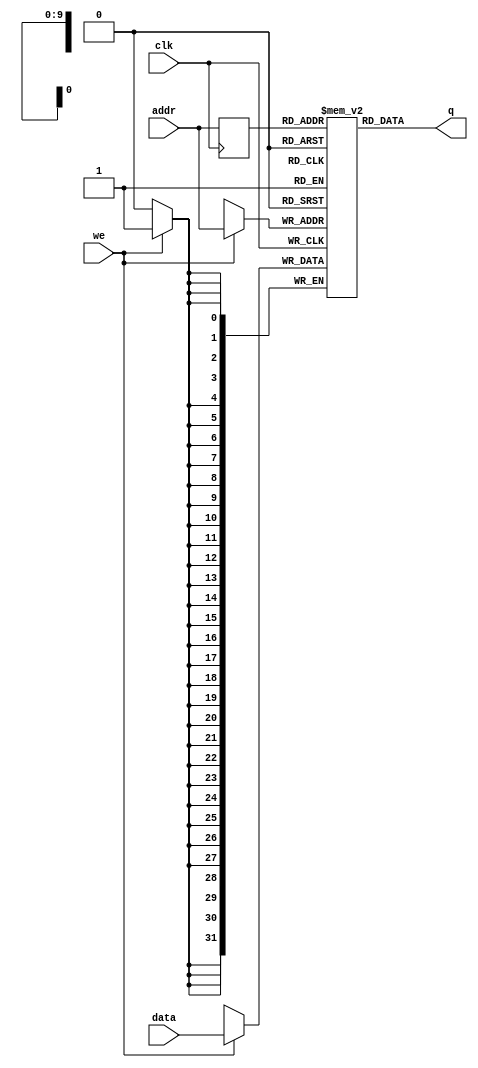
module HDSimulado
#(parameter DATA_WIDTH=32, parameter ADDR_WIDTH=10)
(
	input [(DATA_WIDTH-1):0] data,
	input [(ADDR_WIDTH-1):0] addr,
	input we, clk,
	output [(DATA_WIDTH-1):0] q
);

	// Declare the RAM variable
	reg [DATA_WIDTH-1:0] ram[2**ADDR_WIDTH-1:0];

	// Variable to hold the registered read address
	reg [ADDR_WIDTH-1:0] addr_reg;

	initial 
	begin : INIT
		integer i;
ram[ 0] = 32'B01010100000000000000000000000000; // begin file	  
ram[ 1] = 32'B00001000000000010000000000011110; // addi	$ra $zero 30
ram[ 2] = 32'B00001000000111110000000000110111; // addi	$sp $zero 55
ram[ 3] = 32'B00010100000000000000000100000101; // jump	main
ram[ 4] = 32'B00110000000000000000000000000000; // nop	Contexto
ram[ 5] = 32'B00001000000111010000000111110100; // addi $z1, $zero, 500;
ram[ 6] = 32'B00011111101000010000000000000000; // store $1,0($z1);
ram[ 7] = 32'B00011111101000100000000000000001; // store $2,1($z1);
ram[ 8] = 32'B00011111101000110000000000000010; // store $3,2($z1);
ram[ 9] = 32'B00011111101001000000000000000011; // store $4,3($z1);
ram[10] = 32'B00011111101001010000000000000100; // store $5,4($z1);
ram[11] = 32'B00011111101001100000000000000101; // store $6,5($z1);
ram[12] = 32'B00011111101001110000000000000110; // store $7,6($z1);
ram[13] = 32'B00011111101010000000000000000111; // store $8,7($z1);
ram[14] = 32'B00011111101010010000000000001000; // store $9,8($z1);
ram[15] = 32'B00011111101010100000000000001001; // store $10,9($z1);
ram[16] = 32'B00011111101010110000000000001010; // store $11,10($z1);
ram[17] = 32'B00011111101011000000000000001011; // store $12,11($z1);
ram[18] = 32'B00011111101011010000000000001100; // store $13,12($z1);
ram[19] = 32'B00011111101011100000000000001101; // store $14,13($z1);
ram[20] = 32'B00011111101011110000000000001110; // store $15,14($z1);
ram[21] = 32'B00011111101100000000000000001111; // store $16,15($z1);
ram[22] = 32'B00011111101100010000000000010000; // store $17,16($z1);
ram[23] = 32'B00011111101100100000000000010001; // store $18,17($z1);
ram[24] = 32'B00011111101100110000000000010010; // store $19,18($z1);
ram[25] = 32'B00011111101101000000000000010011; // store $20,19($z1);
ram[26] = 32'B00011111101101010000000000010100; // store $21,20($z1);
ram[27] = 32'B00011111101101100000000000010101; // store $22,21($z1);
ram[28] = 32'B00011111101101110000000000010110; // store $23,22($z1);
ram[29] = 32'B00011111101110000000000000010111; // store $24,23($z1);
ram[30] = 32'B00011111101110010000000000011000; // store $25,24($z1);
ram[31] = 32'B00011111101110100000000000011001; // store $26,25($z1);
ram[32] = 32'B00011111101110110000000000011010; // store $27,26($z1);
ram[33] = 32'B00011111101111000000000000011011; // store $28,27($z1);
ram[34] = 32'B00011111101111100000000000011100; // store $30,28($z1);
ram[35] = 32'B00011111101111110000000000011110; // store $31,29($z1);
ram[36] = 32'B00001000000111010000000000011111; // ADDI $z1,$zero,31
ram[37] = 32'B00011000000111000000000000000010; // LOAD $z0,2($zero);
ram[38] = 32'B00000011101111001110100000000010; // MULT $z1,$z1,$z0;
ram[39] = 32'B00001011101111010000000111110100; // ADDI $z1,$z1,500
ram[40] = 32'B00011011101000010000000000000000; // load $1,0($z1);
ram[41] = 32'B00011011101000100000000000000001; // load $2,1($z1);
ram[42] = 32'B00011011101000110000000000000010; // load $3,2($z1);
ram[43] = 32'B00011011101001000000000000000011; // load $4,3($z1);
ram[44] = 32'B00011011101001010000000000000100; // load $5,4($z1);
ram[45] = 32'B00011011101001100000000000000101; // load $6,5($z1);
ram[46] = 32'B00011011101001110000000000000110; // load $7,6($z1);
ram[47] = 32'B00011011101010000000000000000111; // load $8,7($z1);
ram[48] = 32'B00011011101010010000000000001000; // load $9,8($z1);
ram[49] = 32'B00011011101010100000000000001001; // load $10,9($z1);
ram[50] = 32'B00011011101010110000000000001010; // load $11,10($z1);
ram[51] = 32'B00011011101011000000000000001011; // load $12,11($z1);
ram[52] = 32'B00011011101011010000000000001100; // load $13,12($z1);
ram[53] = 32'B00011011101011100000000000001101; // load $14,13($z1);
ram[54] = 32'B00011011101011110000000000001110; // load $15,14($z1);
ram[55] = 32'B00011011101100000000000000001111; // load $16,15($z1);
ram[56] = 32'B00011011101100010000000000010000; // load $17,16($z1);
ram[57] = 32'B00011011101100100000000000010001; // load $18,17($z1);
ram[58] = 32'B00011011101100110000000000010010; // load $19,18($z1);
ram[59] = 32'B00011011101101000000000000010011; // load $20,19($z1);
ram[60] = 32'B00011011101101010000000000010100; // load $21,20($z1);
ram[61] = 32'B00011011101101100000000000010101; // load $22,21($z1);
ram[62] = 32'B00011011101101110000000000010110; // load $23,22($z1);
ram[63] = 32'B00011011101110000000000000010111; // load $24,23($z1);
ram[64] = 32'B00011011101110010000000000011000; // load $25,24($z1);
ram[65] = 32'B00011011101110100000000000011001; // load $26,25($z1);
ram[66] = 32'B00011011101110110000000000011010; // load $27,26($z1);
ram[67] = 32'B00011011101111000000000000011011; // load $28,27($z1);
ram[68] = 32'B00011011101111100000000000011100; // load $30,28($z1);
ram[69] = 32'B00011011101111110000000000011101; // load $31,29($z1);
ram[70] = 32'B00110000000000000000000000000000; // NOP
ram[71] = 32'B01110000000111000000000000000010; // SetPID $8 2($zero); -- Set_PID  um load na posicao alocada para ProcessoCorrente
ram[72] = 32'B00110000000000000000000000000000;	// NOP 
ram[73] = 32'B00001000000111010000000000011111; // ADDI $z1,$zero,31
ram[74] = 32'B00011000000111000000000000000010; // LOAD $z0,2($zero);
ram[75] = 32'B00000011101111001110100000000010; // MULT $z1,$z1,$z0;
ram[76] = 32'B00001011101111010000000111110100; // ADDI $z1,$z1,500;
ram[77] = 32'B00011111101000010000000000000000; // store $1,0($z1);
ram[78] = 32'B00011111101000100000000000000001; // store $2,1($z1);
ram[79] = 32'B00011111101000110000000000000010; // store $3,2($z1);
ram[80] = 32'B00011111101001000000000000000011; // store $4,3($z1);
ram[81] = 32'B00011111101001010000000000000100; // store $5,4($z1);
ram[82] = 32'B00011111101001100000000000000101; // store $6,5($z1);
ram[83] = 32'B00011111101001110000000000000110; // store $7,6($z1);
ram[84] = 32'B00011111101010000000000000000111; // store $8,7($z1);
ram[85] = 32'B00011111101010010000000000001000; // store $9,8($z1);
ram[86] = 32'B00011111101010100000000000001001; // store $10,9($z1);
ram[87] = 32'B00011111101010110000000000001010; // store $11,10($z1);
ram[88] = 32'B00011111101011000000000000001011; // store $12,11($z1);
ram[89] = 32'B00011111101011010000000000001100; // store $13,12($z1);
ram[90] = 32'B00011111101011100000000000001101; // store $14,13($z1);
ram[91] = 32'B00011111101011110000000000001110; // store $15,14($z1);
ram[92] = 32'B00011111101100000000000000001111; // store $16,15($z1);
ram[93] = 32'B00011111101100010000000000010000; // store $17,16($z1);
ram[94] = 32'B00011111101100100000000000010001; // store $18,17($z1);
ram[95] = 32'B00011111101100110000000000010010; // store $19,18($z1);
ram[96] = 32'B00011111101101000000000000010011; // store $20,19($z1);
ram[97] = 32'B00011111101101010000000000010100; // store $21,20($z1);
ram[98] = 32'B00011111101101100000000000010101; // store $22,21($z1);
ram[99] = 32'B00011111101101110000000000010110; // store $23,22($z1);
ram[100] = 32'B00011111101110000000000000010111; // store $24,23($z1);
ram[101] = 32'B00011111101110010000000000011000; // store $25,24($z1);
ram[102] = 32'B00011111101110100000000000011001; // store $26,25($z1);
ram[103] = 32'B00011111101110110000000000011010; // store $27,26($z1);
ram[104] = 32'B00011111101111000000000000011011; // store $28,27($z1);
ram[105] = 32'B00011111101111100000000000011100; // store $30,28($z1);
ram[106] = 32'B00011111101111110000000000011101; // store $31,29($z1);
ram[107] = 32'B00001000000111010000000111110100; // addi $z1, $zero, 500;
ram[108] = 32'B00011011101000010000000000000000; // load $1,0($z1);
ram[109] = 32'B00011011101000100000000000000001; // load $2,1($z1);
ram[110] = 32'B00011011101000110000000000000010; // load $3,2($z1);
ram[111] = 32'B00011011101001000000000000000011; // load $4,3($z1);
ram[112] = 32'B00011011101001010000000000000100; // load $5,4($z1);
ram[113] = 32'B00011011101001100000000000000101; // load $6,5($z1);
ram[114] = 32'B00011011101001110000000000000110; // load $7,6($z1);
ram[115] = 32'B00011011101010000000000000000111; // load $8,7($z1);
ram[116] = 32'B00011011101010010000000000001000; // load $9,8($z1);
ram[117] = 32'B00011011101010100000000000001001; // load $10,9($z1);
ram[118] = 32'B00011011101010110000000000001010; // load $11,10($z1);
ram[119] = 32'B00011011101011000000000000001011; // load $12,11($z1);
ram[120] = 32'B00011011101011010000000000001100; // load $13,12($z1);
ram[121] = 32'B00011011101011100000000000001101; // load $14,13($z1);
ram[122] = 32'B00011011101011110000000000001110; // load $15,14($z1);
ram[123] = 32'B00011011101100000000000000001111; // load $16,15($z1);
ram[124] = 32'B00011011101100010000000000010000; // load $17,16($z1);
ram[125] = 32'B00011011101100100000000000010001; // load $18,17($z1);
ram[126] = 32'B00011011101100110000000000010010; // load $19,18($z1);
ram[127] = 32'B00011011101101000000000000010011; // load $20,19($z1);
ram[128] = 32'B00011011101101010000000000010100; // load $21,20($z1);
ram[129] = 32'B00011011101101100000000000010101; // load $22,21($z1);
ram[130] = 32'B00011011101101110000000000010110; // load $23,22($z1);
ram[131] = 32'B00011011101110000000000000010111; // load $24,23($z1);
ram[132] = 32'B00011011101110010000000000011000; // load $25,24($z1);
ram[133] = 32'B00011011101110100000000000011001; // load $26,25($z1);
ram[134] = 32'B00011011101110110000000000011010; // load $27,26($z1);
ram[135] = 32'B00011011101111000000000000011011; // load $28,27($z1);
ram[136] = 32'B00011011101111100000000000011100; // load $30,28($z1);
ram[137] = 32'B00011011101111110000000000011110; // load $31,29($z1);
ram[138] = 32'B01010000001000010000000000000001; // subi	$ra $ra 1
ram[139] = 32'B00011000001101000000000000000000; // lw	$s0 0($ra)
ram[140] = 32'B01001110100000000000000000000000; // jr	$s0  
ram[141] = 32'B00110000000000000000000000000000; // nop	InserirProcesso
ram[142] = 32'B00011100000000100000000000001111; // sw	$a0 15($zero)
ram[143] = 32'B00001000000010000000000000000001; // addi	$t0 $zero 1
ram[144] = 32'B00011000000101000000000000001111; // lw	$s0 15($zero)
ram[145] = 32'B00000001000101000100100000000000; // add	$t1 $s0 $t0
ram[146] = 32'B00011000000101010000000000000000; // lw	$s1 0($zero)
ram[147] = 32'B00001010101010100000000000000100; // addi	$t2 $s1 4
ram[148] = 32'B00011101010010010000000000000000; // sw	$t1 0($t2)
ram[149] = 32'B00001000000010000000000000000001; // addi	$t0 $zero 1
ram[150] = 32'B00011000000101000000000000000000; // lw	$s0 0($zero)
ram[151] = 32'B00000001000101000100100000000000; // add	$t1 $s0 $t0
ram[152] = 32'B00011100000010010000000000000000; // sw	$t1 0($zero)
ram[153] = 32'B00011000000101010000000000000000; // lw	$s1 0($zero)
ram[154] = 32'B00001110101000100000000000000000; // move	$a0 $s1 
ram[155] = 32'B00100100010000000000000000000000; // out	$a0  
ram[156] = 32'B01010000001000010000000000000001; // subi	$ra $ra 1
ram[157] = 32'B00011000001101000000000000000000; // lw	$s0 0($ra)
ram[158] = 32'B01001110100000000000000000000000; // jr	$s0  
ram[159] = 32'B00110000000000000000000000000000; // nop	mod
ram[160] = 32'B00011100000000100000000000010001; // sw	$a0 17($zero)
ram[161] = 32'B00011100000000110000000000010010; // sw	$a1 18($zero)
ram[162] = 32'B00011000000101000000000000010001; // lw	$s0 17($zero)
ram[163] = 32'B00011000000101010000000000010010; // lw	$s1 18($zero)
ram[164] = 32'B00000010100101010100000000000011; // div	$t0 $s0 $s1
ram[165] = 32'B00011000000101010000000000010010; // lw	$s1 18($zero)
ram[166] = 32'B00000001000101010100100000000010; // mult	$t1 $t0 $s1
ram[167] = 32'B00011000000101000000000000010001; // lw	$s0 17($zero)
ram[168] = 32'B00000010100010010101000000000001; // sub	$t2 $s0 $t1
ram[169] = 32'B00001101010111100000000000000000; // move	$v0 $t2 
ram[170] = 32'B01010000001000010000000000000001; // subi	$ra $ra 1
ram[171] = 32'B00011000001101000000000000000000; // lw	$s0 0($ra)
ram[172] = 32'B01001110100000000000000000000000; // jr	$s0  
ram[173] = 32'B00110000000000000000000000000000; // nop	RoundRobinRun
ram[174] = 32'B00001000000010110000000000000000; // addi	$t3 $zero 0
ram[175] = 32'B00011100000010110000000000010100; // sw	$t3 20($zero)
ram[176] = 32'B00001000000010000000000000000001; // addi	$t0 $zero 1
ram[177] = 32'B00011100000010000000000000000011; // sw	$t0 3($zero)
ram[178] = 32'B00011000000101010000000000000000; // lw	$s1 0($zero)
ram[179] = 32'B00011100000101010000000000010011; // sw	$s1 19($zero)
ram[180] = 32'B00110000000000000000000000000000; // nop	L0
ram[181] = 32'B00001000000010000000000000000000; // addi	$t0 $zero 0
ram[182] = 32'B00011000000101010000000000010011; // lw	$s1 19($zero)
ram[183] = 32'B00010001000101010100100000000000; // slt	$t1 $t0 $s1
ram[184] = 32'B00101001001000000000000011100101; // beq	$t1 0 L1
ram[185] = 32'B00001000000010100000000000000001; // addi	$t2 $zero 1
ram[186] = 32'B00011000000101000000000000010100; // lw	$s0 20($zero)
ram[187] = 32'B00000001010101000101100000000000; // add	$t3 $s0 $t2
ram[188] = 32'B00001101011000100000000000000000; // move	$a0 $t3 
ram[189] = 32'B00011000000101010000000000000000; // lw	$s1 0($zero)
ram[190] = 32'B00001110101000110000000000000000; // move	$a1 $s1 
ram[191] = 32'B00001000000101000000000011000011; // addi	$s0 $zero 195
ram[192] = 32'B00011100001101000000000000000000; // sw	$s0 0($ra)
ram[193] = 32'B00001000001000010000000000000001; // addi	$ra $ra 1
ram[194] = 32'B00010100000000000000000010011111; // jump	mod
ram[195] = 32'B00011100000111100000000000010100; // sw	$v0 20($zero)
ram[196] = 32'B00001000000010000000000000000000; // addi	$t0 $zero 0
ram[197] = 32'B00011000000101010000000000010100; // lw	$s1 20($zero)
ram[198] = 32'B00011010101010010000000000000100; // lw	$t1 4($s1)
ram[199] = 32'B00010001000010010101000000000000; // slt	$t2 $t0 $t1
ram[200] = 32'B00101001010000000000000011100010; // beq	$t2 0 L2
ram[201] = 32'B00011000000101010000000000010100; // lw	$s1 20($zero)
ram[202] = 32'B00011010101010110000000000000100; // lw	$t3 4($s1)
ram[203] = 32'B00011100000010110000000000000010; // sw	$t3 2($zero)
ram[204] = 32'B00001000000101000000000011010000; // addi	$s0 $zero 208
ram[205] = 32'B00011100001101000000000000000000; // sw	$s0 0($ra)
ram[206] = 32'B00001000001000010000000000000001; // addi	$ra $ra 1
ram[207] = 32'B00010100000000000000000000000100; // jump	Contexto
ram[208] = 32'B00001000000010000000000000000000; // addi	$t0 $zero 0
ram[209] = 32'B00011000000101000000000000000011; // lw	$s0 3($zero)
ram[210] = 32'B01000010100010000100100000000000; // equal	$t1 $s0 $t0
ram[211] = 32'B00101001001000000000000011011111; // beq	$t1 0 L4
ram[212] = 32'B00001000000010100000000000000001; // addi	$t2 $zero 1
ram[213] = 32'B00011100000010100000000000000011; // sw	$t2 3($zero)
ram[214] = 32'B00001000000010000000000000000000; // addi	$t0 $zero 0
ram[215] = 32'B00011000000101010000000000010100; // lw	$s1 20($zero)
ram[216] = 32'B00001010101010010000000000000100; // addi	$t1 $s1 4
ram[217] = 32'B00011101001010000000000000000000; // sw	$t0 0($t1)
ram[218] = 32'B00001000000010000000000000000001; // addi	$t0 $zero 1
ram[219] = 32'B00011000000101000000000000010011; // lw	$s0 19($zero)
ram[220] = 32'B00000010100010000100100000000001; // sub	$t1 $s0 $t0
ram[221] = 32'B00011100000010010000000000010011; // sw	$t1 19($zero)
ram[222] = 32'B00010100000000000000000011100000; // jump	L5
ram[223] = 32'B00110000000000000000000000000000; // nop	L4
ram[224] = 32'B00110000000000000000000000000000; // nop	L5
ram[225] = 32'B00010100000000000000000011100011; // jump	L3
ram[226] = 32'B00110000000000000000000000000000; // nop	L2
ram[227] = 32'B00110000000000000000000000000000; // nop	L3
ram[228] = 32'B00010100000000000000000010110100; // jump	L0
ram[229] = 32'B00110000000000000000000000000000; // nop	L1
ram[230] = 32'B01010000001000010000000000000001; // subi	$ra $ra 1
ram[231] = 32'B00011000001101000000000000000000; // lw	$s0 0($ra)
ram[232] = 32'B01001110100000000000000000000000; // jr	$s0  
ram[233] = 32'B00110000000000000000000000000000; // nop	SemPreempcao
ram[234] = 32'B00000000000000000000000000000000; // manual	  
ram[235] = 32'B00001000000010000000000000000000; // addi	$t0 $zero 0
ram[236] = 32'B00011100000010000000000000010111; // sw	$t0 23($zero)
ram[237] = 32'B00110000000000000000000000000000; // nop	L6
ram[238] = 32'B00011000000101000000000000010111; // lw	$s0 23($zero)
ram[239] = 32'B00011000000101010000000000000000; // lw	$s1 0($zero)
ram[240] = 32'B00010010100101010100000000000000; // slt	$t0 $s0 $s1
ram[241] = 32'B00101001000000000000000011111110; // beq	$t0 0 L7
ram[242] = 32'B00011000000101010000000000010111; // lw	$s1 23($zero)
ram[243] = 32'B00011010101010010000000000000100; // lw	$t1 4($s1)
ram[244] = 32'B00011100000010010000000000000010; // sw	$t1 2($zero)
ram[245] = 32'B00001000000101000000000011111001; // addi	$s0 $zero 249
ram[246] = 32'B00011100001101000000000000000000; // sw	$s0 0($ra)
ram[247] = 32'B00001000001000010000000000000001; // addi	$ra $ra 1
ram[248] = 32'B00010100000000000000000000000100; // jump	Contexto
ram[249] = 32'B00001000000010000000000000000001; // addi	$t0 $zero 1
ram[250] = 32'B00011000000101000000000000010111; // lw	$s0 23($zero)
ram[251] = 32'B00000001000101000100100000000000; // add	$t1 $s0 $t0
ram[252] = 32'B00011100000010010000000000010111; // sw	$t1 23($zero)
ram[253] = 32'B00010100000000000000000011101101; // jump	L6
ram[254] = 32'B00110000000000000000000000000000; // nop	L7
ram[255] = 32'B00001000000010000000000000000000; // addi	$t0 $zero 0
ram[256] = 32'B00011100000010000000000000000000; // sw	$t0 0($zero)
ram[257] = 32'B00000000000000000000000000000000; // manual	  
ram[258] = 32'B01010000001000010000000000000001; // subi	$ra $ra 1
ram[259] = 32'B00011000001101000000000000000000; // lw	$s0 0($ra)
ram[260] = 32'B01001110100000000000000000000000; // jr	$s0  
ram[261] = 32'B00110000000000000000000000000000; // nop	main
ram[262] = 32'B00001000000010000000000000000000; // addi	$t0 $zero 0
ram[263] = 32'B00011100000010000000000000000000; // sw	$t0 0($zero)
ram[264] = 32'B00001000000010000000000000000000; // addi	$t0 $zero 0
ram[265] = 32'B00011100000010000000000000011010; // sw	$t0 26($zero)
ram[266] = 32'B00011000000101010000000000011010; // lw	$s1 26($zero)
ram[267] = 32'B00001110101000100000000000000000; // move	$a0 $s1 
ram[268] = 32'B00001000000101000000000100010000; // addi	$s0 $zero 272
ram[269] = 32'B00011100001101000000000000000000; // sw	$s0 0($ra)
ram[270] = 32'B00001000001000010000000000000001; // addi	$ra $ra 1
ram[271] = 32'B00010100000000000000000010001101; // jump	InserirProcesso
ram[272] = 32'B00001000000010000000000000000001; // addi	$t0 $zero 1
ram[273] = 32'B00011100000010000000000000011010; // sw	$t0 26($zero)
ram[274] = 32'B00011000000101010000000000011010; // lw	$s1 26($zero)
ram[275] = 32'B00001110101000100000000000000000; // move	$a0 $s1 
ram[276] = 32'B00001000000101000000000100011000; // addi	$s0 $zero 280
ram[277] = 32'B00011100001101000000000000000000; // sw	$s0 0($ra)
ram[278] = 32'B00001000001000010000000000000001; // addi	$ra $ra 1
ram[279] = 32'B00010100000000000000000010001101; // jump	InserirProcesso
ram[280] = 32'B00001000000010000000000000000010; // addi	$t0 $zero 2
ram[281] = 32'B00011100000010000000000000011010; // sw	$t0 26($zero)
ram[282] = 32'B00011000000101010000000000011010; // lw	$s1 26($zero)
ram[283] = 32'B00001110101000100000000000000000; // move	$a0 $s1 
ram[284] = 32'B00001000000101000000000100100000; // addi	$s0 $zero 288
ram[285] = 32'B00011100001101000000000000000000; // sw	$s0 0($ra)
ram[286] = 32'B00001000001000010000000000000001; // addi	$ra $ra 1
ram[287] = 32'B00010100000000000000000010001101; // jump	InserirProcesso
ram[288] = 32'B00001000000101000000000100100100; // addi	$s0 $zero 292
ram[289] = 32'B00011100001101000000000000000000; // sw	$s0 0($ra)
ram[290] = 32'B00001000001000010000000000000001; // addi	$ra $ra 1
ram[291] = 32'B00010100000000000000000010101101; // jump	RoundRobinRun
ram[292] = 32'B00110000000000000000000000000000; // nop	L8
ram[293] = 32'B00001000000010000000000000000001; // addi	$t0 $zero 1
ram[294] = 32'B00001000000010010000000000000001; // addi	$t1 $zero 1
ram[295] = 32'B01000001000010010101000000000000; // equal	$t2 $t0 $t1
ram[296] = 32'B00101001010000000000000100101101; // beq	$t2 0 L9
ram[297] = 32'B00001000000010110000000101001101; // addi	$t3 $zero 333
ram[298] = 32'B00001101011000100000000000000000; // move	$a0 $t3 
ram[299] = 32'B00100100010000000000000000000000; // out	$a0  
ram[300] = 32'B00010100000000000000000100100100; // jump	L8
ram[301] = 32'B00110000000000000000000000000000; // nop	L9
ram[302] = 32'B10000100000000000000000000000011; // kernel_swap	 3 $zero
ram[303] = 32'B01011000000000000000000000110010; // end file	    	  

ram[304] = 32'B01010100000000000000000000000000; // begin file	  
ram[305] = 32'B00001000000000010000000000001000; // addi	$ra $zero 8
ram[306] = 32'B00001000000111110000000000100001; // addi	$sp $zero 33
ram[307] = 32'B00010100000000000000000000101001; // jump	main
ram[308] = 32'B00110000000000000000000000000000; // nop	Combinatoria
ram[309] = 32'B00011100000000100000000000000000; // sw	$a0 0($zero)
ram[310] = 32'B00011100000000110000000000000001; // sw	$a1 1($zero)
ram[311] = 32'B00001000000010000000000000000001; // addi	$t0 $zero 1
ram[312] = 32'B00011100000010000000000000000010; // sw	$t0 2($zero)
ram[313] = 32'B00001000000010000000000000000001; // addi	$t0 $zero 1
ram[314] = 32'B00011100000010000000000000000011; // sw	$t0 3($zero)
ram[315] = 32'B00110000000000000000000000000000; // nop	L0
ram[316] = 32'B00001000000010000000000000000000; // addi	$t0 $zero 0
ram[317] = 32'B00011000000101010000000000000001; // lw	$s1 1($zero)
ram[318] = 32'B00010001000101010100100000000000; // slt	$t1 $t0 $s1
ram[319] = 32'B00101001001000000000000000100001; // beq	$t1 0 L1
ram[320] = 32'B00011000000101000000000000000010; // lw	$s0 2($zero)
ram[321] = 32'B00011000000101010000000000000000; // lw	$s1 0($zero)
ram[322] = 32'B00000010100101010101000000000010; // mult	$t2 $s0 $s1
ram[323] = 32'B00011100000010100000000000000010; // sw	$t2 2($zero)
ram[324] = 32'B00011000000101000000000000000011; // lw	$s0 3($zero)
ram[325] = 32'B00011000000101010000000000000001; // lw	$s1 1($zero)
ram[326] = 32'B00000010100101010100000000000010; // mult	$t0 $s0 $s1
ram[327] = 32'B00011100000010000000000000000011; // sw	$t0 3($zero)
ram[328] = 32'B00001000000010000000000000000001; // addi	$t0 $zero 1
ram[329] = 32'B00011000000101000000000000000000; // lw	$s0 0($zero)
ram[330] = 32'B00000010100010000100100000000001; // sub	$t1 $s0 $t0
ram[331] = 32'B00011100000010010000000000000000; // sw	$t1 0($zero)
ram[332] = 32'B00001000000010000000000000000001; // addi	$t0 $zero 1
ram[333] = 32'B00011000000101000000000000000001; // lw	$s0 1($zero)
ram[334] = 32'B00000010100010000100100000000001; // sub	$t1 $s0 $t0
ram[335] = 32'B00011100000010010000000000000001; // sw	$t1 1($zero)
ram[336] = 32'B00010100000000000000000000001011; // jump	L0
ram[337] = 32'B00110000000000000000000000000000; // nop	L1
ram[338] = 32'B00011000000101000000000000000010; // lw	$s0 2($zero)
ram[339] = 32'B00011000000101010000000000000011; // lw	$s1 3($zero)
ram[340] = 32'B00000010100101010100000000000011; // div	$t0 $s0 $s1
ram[341] = 32'B00001101000111100000000000000000; // move	$v0 $t0 
ram[342] = 32'B01010000001000010000000000000001; // subi	$ra $ra 1
ram[343] = 32'B00011000001101000000000000000000; // lw	$s0 0($ra)
ram[344] = 32'B01001110100000000000000000000000; // jr	$s0  
ram[345] = 32'B00110000000000000000000000000000; // nop	main
ram[346] = 32'B00001000000010010000000000001111; // addi	$t1 $zero 15
ram[347] = 32'B00011100000010010000000000000100; // sw	$t1 4($zero)
ram[348] = 32'B00001000000010000000000000000110; // addi	$t0 $zero 6
ram[349] = 32'B00011100000010000000000000000101; // sw	$t0 5($zero)
ram[350] = 32'B00011000000101010000000000000100; // lw	$s1 4($zero)
ram[351] = 32'B00001110101000100000000000000000; // move	$a0 $s1 
ram[352] = 32'B00011000000101010000000000000101; // lw	$s1 5($zero)
ram[253] = 32'B00001110101000110000000000000000; // move	$a1 $s1 
ram[354] = 32'B00001000000101000000000000110110; // addi	$s0 $zero 54
ram[355] = 32'B00011100001101000000000000000000; // sw	$s0 0($ra)
ram[356] = 32'B00001000001000010000000000000001; // addi	$ra $ra 1
ram[357] = 32'B00010100000000000000000000000100; // jump	Combinatoria
ram[358] = 32'B00001111110001000000000000000000; // move	$a2 $v0 
ram[359] = 32'B00100100100000000000000000000000; // out	$a2  
ram[360] = 32'B10000100000000000000000000000011; // kernel_swap	 3 $zero
ram[361] = 32'B00110000000000000000000000000000;  	  	
			
ram[362] = 32'B00110000000000000000000000000000;
ram[363] = 32'B00110000000000000000000000000000;
ram[364] = 32'B00110000000000000000000000000000;
ram[365] = 32'B00110000000000000000000000000000;
ram[366] = 32'B00110000000000000000000000000000;
ram[367] = 32'B00110000000000000000000000000000;
ram[368] = 32'B00110000000000000000000000000000;
ram[369] = 32'B00110000000000000000000000000000;
ram[370] = 32'B00110000000000000000000000000000;
ram[371] = 32'B00110000000000000000000000000000;
ram[372] = 32'B00110000000000000000000000000000;
ram[373] = 32'B00110000000000000000000000000000;
ram[374] = 32'B00110000000000000000000000000000;
ram[375] = 32'B00110000000000000000000000000000;
ram[376] = 32'B00110000000000000000000000000000;
ram[377] = 32'B00110000000000000000000000000000;
ram[378] = 32'B00110000000000000000000000000000;
ram[379] = 32'B01011000000000000000000000110010; // end file	

		ram[380] = 32'B01010100000000000000000000000000; // begin file	  
		ram[381] = 32'B00001000000000010000000000000101; // addi	$ra $zero 5
		ram[382] = 32'B00001000000111110000000000011110; // addi	$sp $zero 30
		ram[383] = 32'B00010100000000000000000000000100; // jump	main
		ram[384] = 32'B00110000000000000000000000000000; // nop	main
		ram[385] = 32'B00001000000010000000000000000010; // addi	$t0 $zero 2
		ram[386] = 32'B00011100000010000000000000000000; // sw	$t0 0($zero)
		ram[387] = 32'B00001000000010000000000000000111; // addi	$t0 $zero 7
		ram[388] = 32'B00011100000010000000000000000001; // sw	$t0 1($zero)
		ram[389] = 32'B00011000000101010000000000000001; // lw	$s1 1($zero)
		ram[390] = 32'B00011100000101010000000000000010; // sw	$s1 2($zero)
		ram[391] = 32'B00001000000010000000000000000001; // addi	$t0 $zero 1
		ram[392] = 32'B00011100000010000000000000000011; // sw	$t0 3($zero)
		ram[393] = 32'B00110000000000000000000000000000; // nop	L0
		ram[394] = 32'B00001000000010000000000000000000; // addi	$t0 $zero 0
		ram[395] = 32'B00011000000101000000000000000010; // lw	$s0 2($zero)
		ram[396] = 32'B00111110100010000100100000000000; // sbt	$t1 $s0 $t0
		ram[397] = 32'B00101001001000000000000000011011; // beq	$t1 0 L1
		ram[398] = 32'B00011000000101000000000000000011; // lw	$s0 3($zero)
		ram[399] = 32'B00011000000101010000000000000000; // lw	$s1 0($zero)
		ram[400] = 32'B00000010100101010101000000000010; // mult	$t2 $s0 $s1
		ram[401] = 32'B00011100000010100000000000000011; // sw	$t2 3($zero)
		ram[402] = 32'B00001000000010000000000000000001; // addi	$t0 $zero 1
		ram[403] = 32'B00011000000101000000000000000010; // lw	$s0 2($zero)
		ram[404] = 32'B00000010100010000100100000000001; // sub	$t1 $s0 $t0
		ram[405] = 32'B00011100000010010000000000000010; // sw	$t1 2($zero)
		ram[406] = 32'B00010100000000000000000000001101; // jump	L0
		ram[407] = 32'B00110000000000000000000000000000; // nop	L1
		ram[408] = 32'B00011000000101010000000000000011; // lw	$s1 3($zero)
		ram[409] = 32'B00001110101000100000000000000000; // move	$a0 $s1 
		ram[410] = 32'B00100100010000000000000000000000; // out	$a0  
		ram[411] = 32'B00001000000111010000000000000001; // addi	$s9 $zero 1
		ram[412] = 32'B10000100000000000000000000000011; // kernel_swap	  
		ram[413] = 32'B01011000000000000000000000110010; // end file	 
		ram[414] = 32'B01010100000000000000000000000000; // begin file	  
		ram[415] = 32'B00001000000000010000000000000100; // addi	$ra $zero 4
		ram[416] = 32'B00001000000111110000000000011101; // addi	$sp $zero 29
		ram[417] = 32'B00010100000000000000000000000100; // jump	main
		ram[418] = 32'B00110000000000000000000000000000; // nop	main
		ram[419] = 32'B00001000000010000000000000000110; // addi	$t0 $zero 6
		ram[420] = 32'B00011100000010000000000000000001; // sw	$t0 1($zero)
		ram[421] = 32'B00001000000010000000000000000001; // addi	$t0 $zero 1
		ram[422] = 32'B00011100000010000000000000000000; // sw	$t0 0($zero)
		ram[423] = 32'B00001000000010000000000000000001; // addi	$t0 $zero 1
		ram[424] = 32'B00011100000010000000000000000010; // sw	$t0 2($zero)
		ram[425] = 32'B00110000000000000000000000000000; // nop	L0
		ram[426] = 32'B00011000000101000000000000000000; // lw	$s0 0($zero)
		ram[427] = 32'B00011000000101010000000000000001; // lw	$s1 1($zero)
		ram[428] = 32'B00010010100101010100000000000000; // slt	$t0 $s0 $s1
		ram[429] = 32'B00101001000000000000000000011110; // beq	$t0 0 L1
		ram[430] = 32'B00001000000010010000000000000010; // addi	$t1 $zero 2
		ram[431] = 32'B00011000000101010000000000000010; // lw	$s1 2($zero)
		ram[432] = 32'B00000001001101010101000000000010; // mult	$t2 $t1 $s1
		ram[433] = 32'B00011100000010100000000000000010; // sw	$t2 2($zero)
		ram[434] = 32'B00001000000010000000000000000001; // addi	$t0 $zero 1
		ram[435] = 32'B00011000000101000000000000000000; // lw	$s0 0($zero)
		ram[436] = 32'B00000001000101000100100000000000; // add	$t1 $s0 $t0
		ram[437] = 32'B00011100000010010000000000000000; // sw	$t1 0($zero)
		ram[438] = 32'B00001000000010000000000000000001; // addi	$t0 $zero 1
		ram[439] = 32'B00011000000101000000000000000010; // lw	$s0 2($zero)
		ram[440] = 32'B00000010100010000100100000000001; // sub	$t1 $s0 $t0
		ram[441] = 32'B00001101001000100000000000000000; // move	$a0 $t1 
		ram[442] = 32'B00100100010000000000000000000000; // out	$a0  
		ram[443] = 32'B00010100000000000000000000001011; // jump	L0
		ram[444] = 32'B00110000000000000000000000000000; // nop	L1
		ram[445] = 32'B00001000000111010000000000000001; // addi	$s9 $zero 1
		ram[446] = 32'B10000100000000000000000000000011; // kernel_swap	  
		ram[447] = 32'B01011000000000000000000000110010; // end file	  
		ram[448] = 32'B01100000000000000000000000000000; // HD_END
	end 

	always @ (posedge clk)
	begin
	
		// Write
		if (we)
			ram[addr] <= data;

		addr_reg <= addr;
	end
 
	assign q = ram[addr_reg];

endmodule